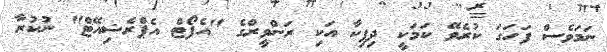
ނަމަވެސް ފަހަގަ ކުރެވޭ ކަމަކީ ދިޕިކާ އަކި ރަންވީރްގެ "އެފޯޓް އެޕްރެޝިއޭޓް" ނުކުރާ